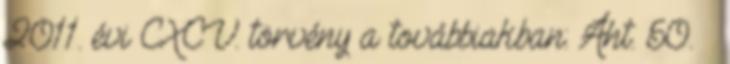
2011. évi CXCV. törvény a továbbiakban: Áht. 50. §